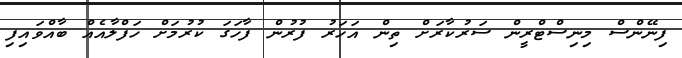
ފިނޭންސް މިނިސްޓްރީން ސަރުކާރަށް ތިން އަހަރު ފުރުން ފާހަގަ ކުރުމަށް ހަފްލާއެއް ބާއްވައިފި